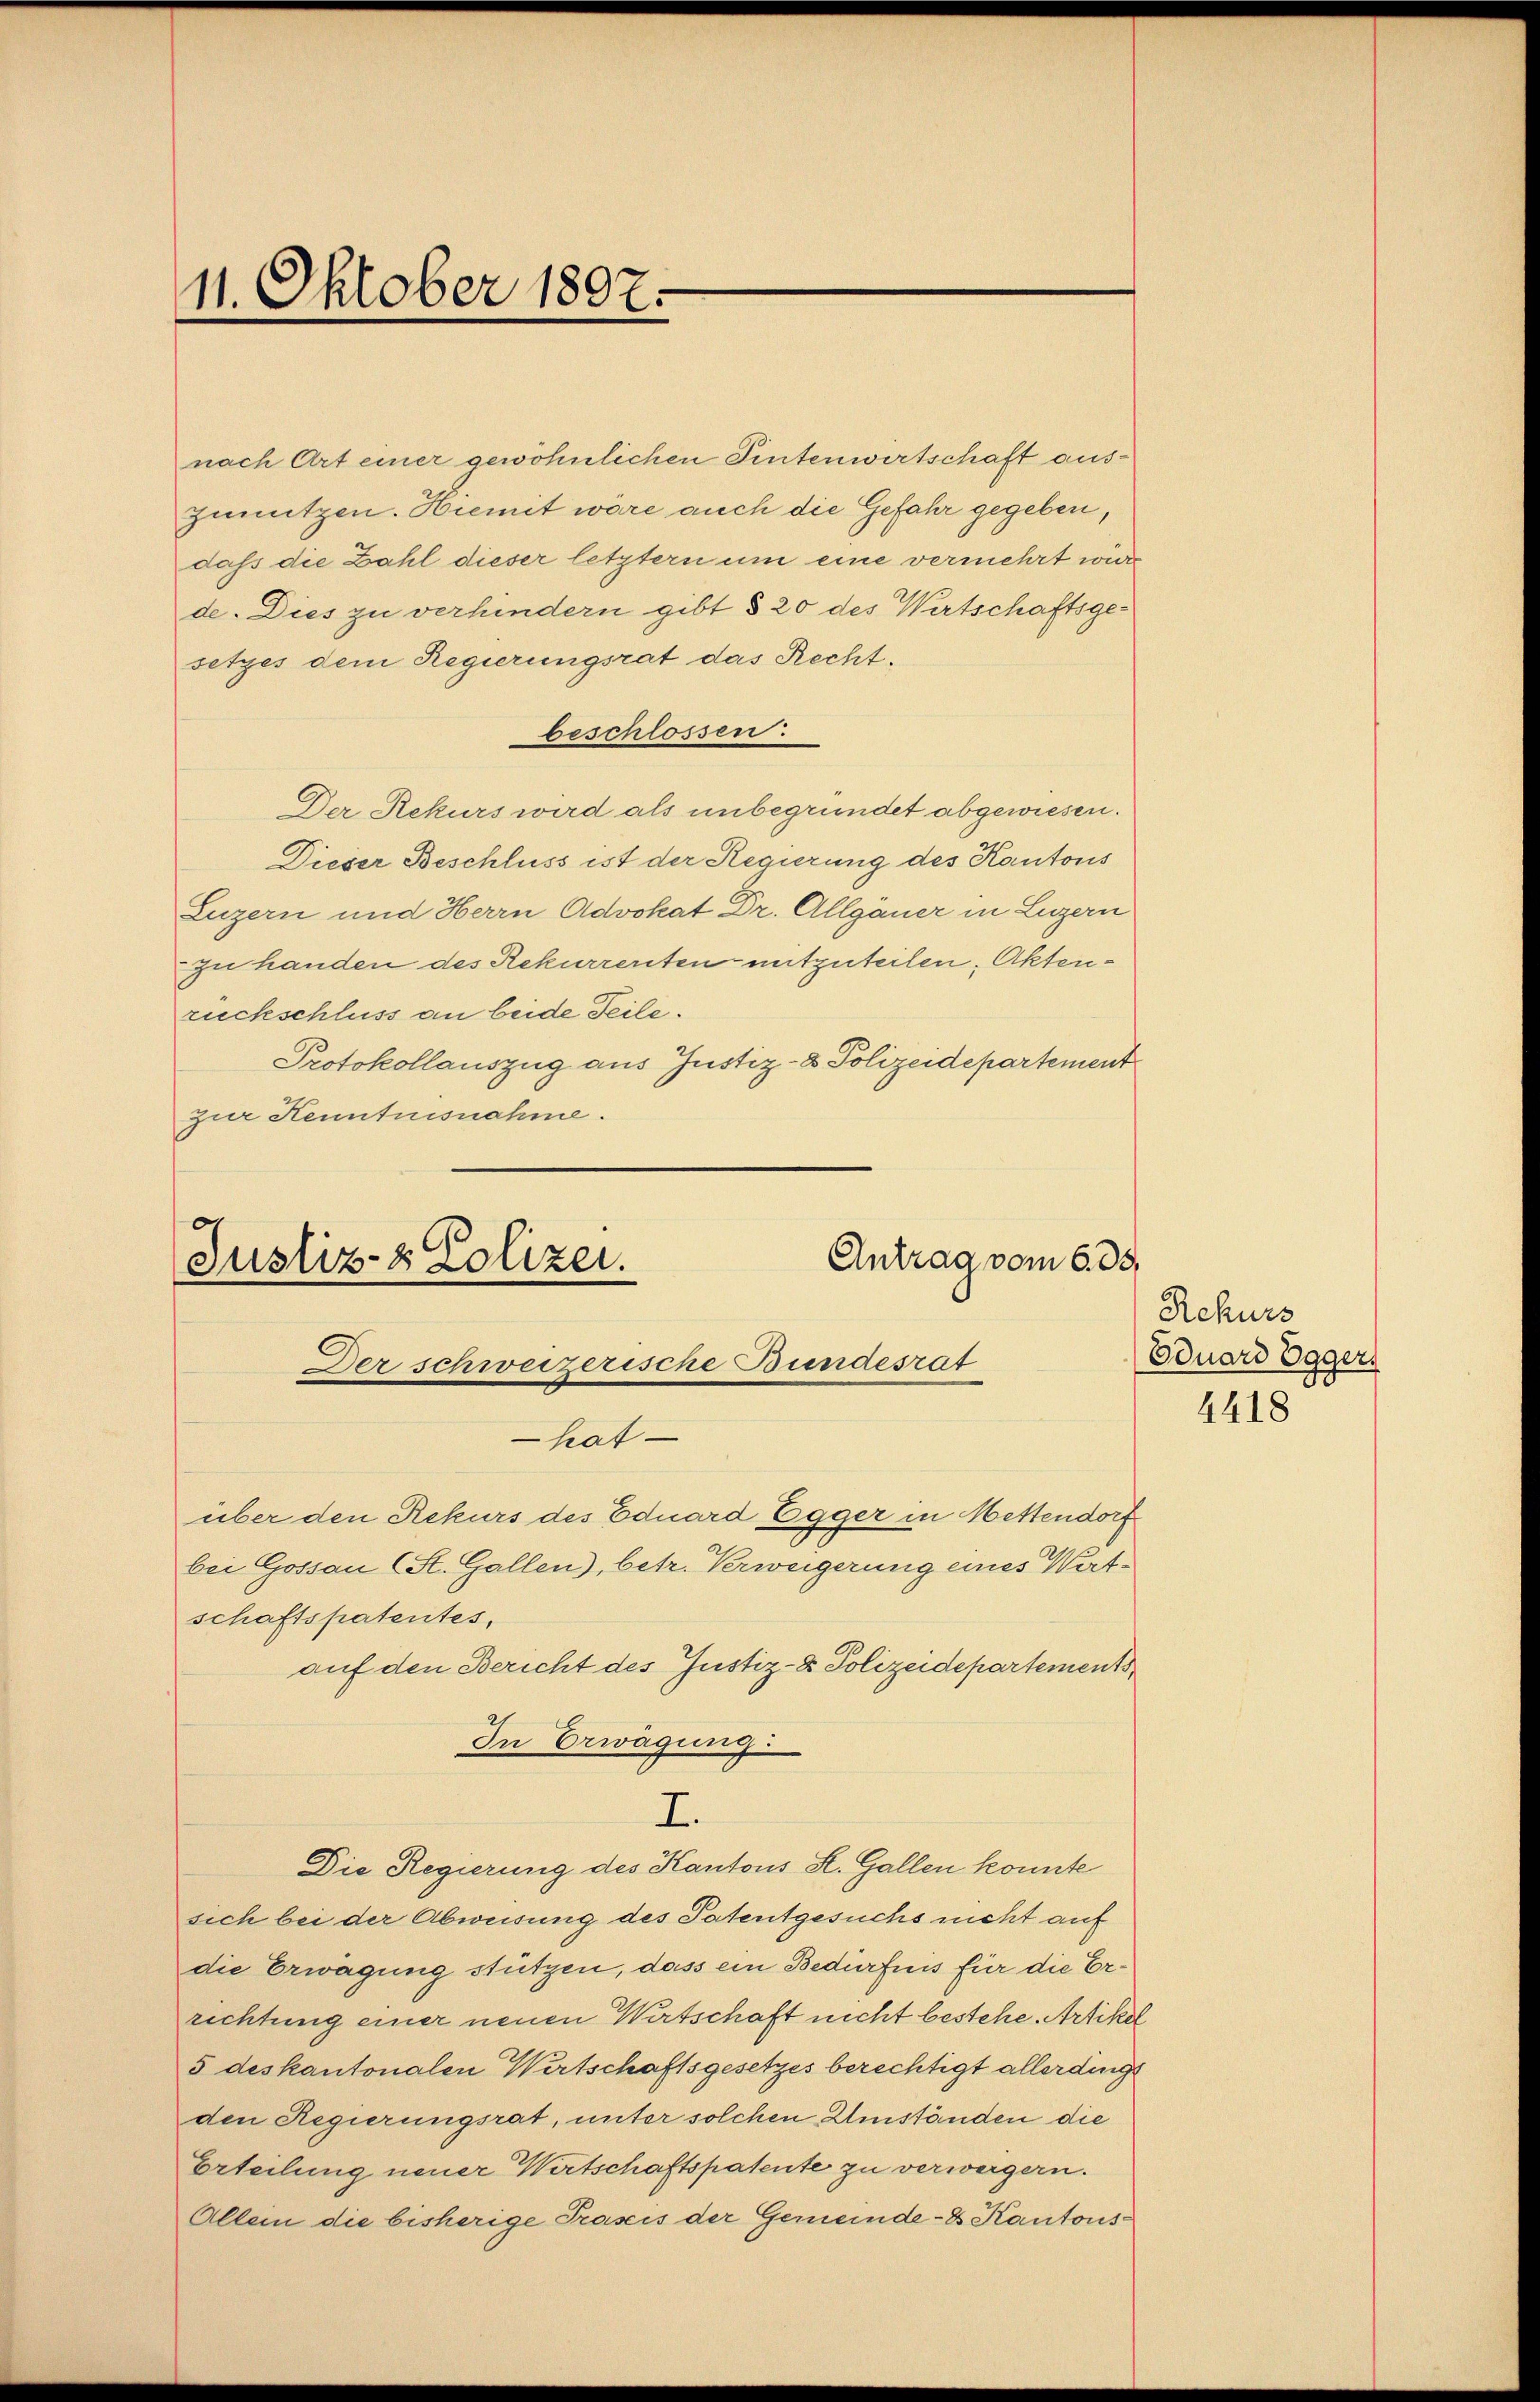
11. Oktober 1807.

nach Art einer gewöhnlichen Tintenwirtschaft auszunutzen. Hiemit wäre auch die Gefahr gegeben,
daß die Zahl dieser letztern um eine vermehrt wurd
de. Dies zu verhindern gibt § 20 des Wirtschaftsgesetzes dem Regierungsrat das Recht.
beschlossen:
Der Rekurs wird als unbegründet abgewiesen.
Dieser Beschluss ist der Regierung des Kantons
Luzern und Herrn Advokat Dr. Allgäuer in Luzern
zu handen des Rekurrenten mitzuteilen, Aktenrückschluss an beide Teile.
Protokollauszug aus Justiz- & Polizeidepartement
zur Kenntnisnahme.

Antrag vom 6. 33.
Justiz- & Polizei.
Der schweizerische Bundesrat

hatüber den Rekurs des Eduard Egger in Mettendorf
bei Gossau (St. Gallen), betr. Verweigerung eines Wertschaftspatentes,
auf den Bericht des Justiz- & Polizeidepartements,
In Erwägung
Die Regierung des Kantons L. Gallen konnte
sich bei der Abweisung des Patentgesuchs nicht auf
die Erwägung stützen, dass ein Bedürfnis für die Errichtung einer neuen Wirtschaft nicht bestehe. Artikel
5 deskantonalen Wertschaftsgesetzes berechtigt allerdings
den Regierungsrat, unter solchen Umständen die
Erteilung neuer Wertschaftspatente zu verwergern.
Allem die bisherige Prasis der Gemeinde- & Kantons-

I.

Rekurs
Eduard Eggers
4418